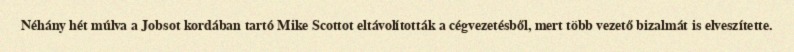
Néhány hét múlva a Jobsot kordában tartó Mike Scottot eltávolították a cégvezetésből, mert több vezető bizalmát is elveszítette.